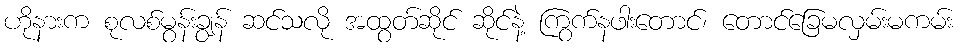
ဟိုနားက စုလစ်မွန်းချွန် ဆင်သလို အထွတ်ဆိုင် ဆိုင်နဲ့ ကြွက်နဖါးတောင်၊ တောင်ခြေမလှမ်းမကမ်း